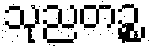
သုညတဉ္စ